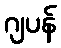
ဂျပန်